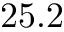
2 5 . 2